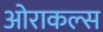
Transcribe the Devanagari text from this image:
ओराकल्स